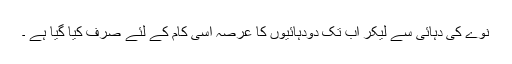
نوے کی دہائی سے لیکر اب تک دودہائیوں کا عرصہ اسی کام کے لئے صرف کیا گیا ہے ۔